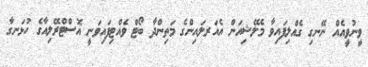
ވީނުވީއެއް ނޭނގި ގެއްލިފައިވާ މެލޭޝިއަން އެއަރލައިންގެ މަތިންދާ ބޯޓް ވެއްޓިފައިވަނީ އޮސްޓްރޭލިއާގެ ހުޅަނގާ